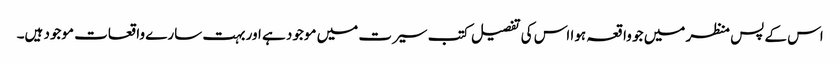
اس کے پس منظر میں جو واقعہ ہوا اس کی تفصیل کتب سیرت میں موجود ہے اور بہت سارے واقعات موجود ہیں۔